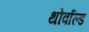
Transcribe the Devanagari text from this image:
थोर्वाल्ड